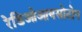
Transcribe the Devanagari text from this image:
रेडिओआयसोटोप